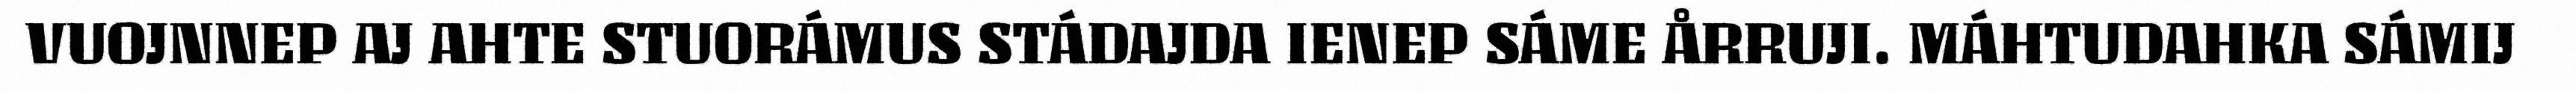
VUOJNNEP AJ AHTE STUORÁMUS STÁDAJDA IENEP SÁME ÅRRUJI. MÁHTUDAHKA SÁMIJ